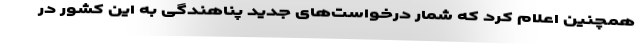
همچنین اعلام کرد که شمار درخواست‌های جدید پناهندگی به این کشور در